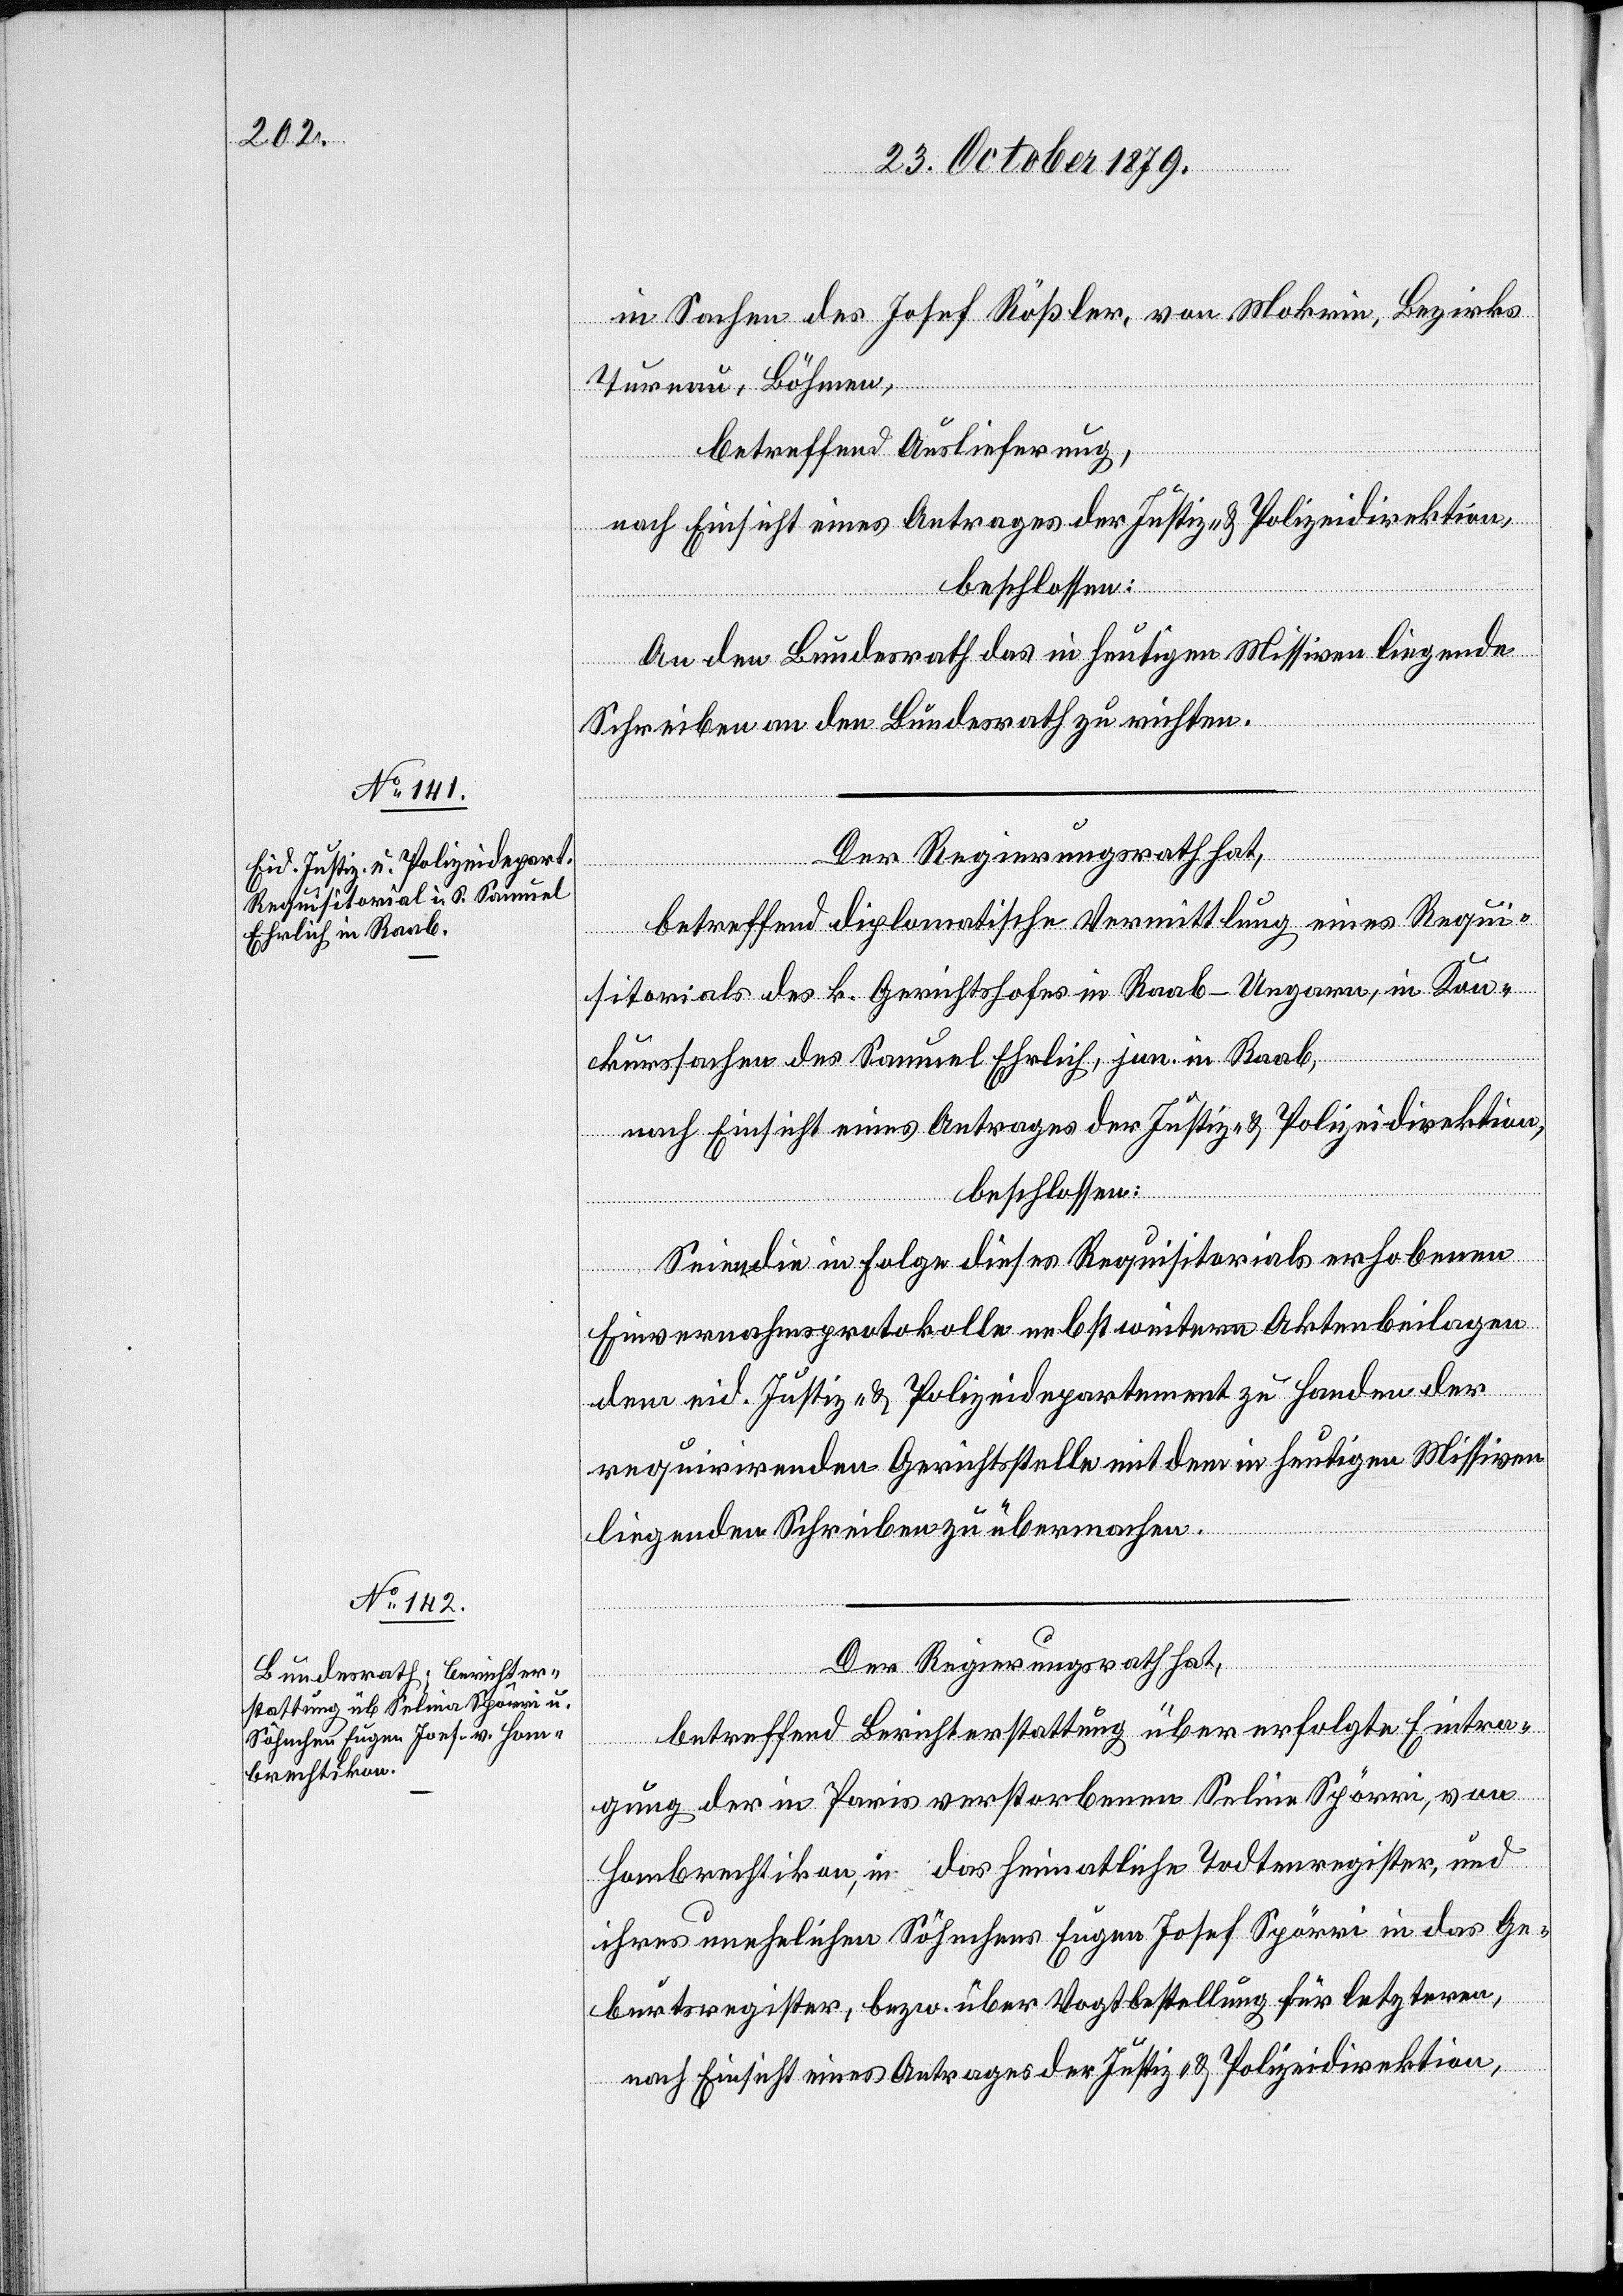
23. October 1879.]
in Sachen des Josef Rößler, von Mokrin Bezirks
Turnau, Böhmen,
betreffend Auslieferung,
nach Einsicht eines Antrages der Justiz- & Polizeidirektion,
beschlossen:
An den Bundesrath das in heutigen Missiven liegende
Schreiben an den Bundesrath [sic!] zu richten.
Der Regierungsrath hat,
betreffend diplomatische Vermittlung eines Requi¬
sitorials des k. Gerichtshofes in Raab - Ungarn, in Kon¬
kurssachen des Samuel Ehrlich, jun. in Raab,
nach Einsicht eines Antrages der Justiz- & Polizeidirektion,
beschlossen:
Seien die in Folge dieses Requisitorials erhobenen
Einvernahmsprotokolle nebst weiteren Aktenbeilagen
dem eid. Justiz- & Polizeidepartement zu Handen der
requirirenden Gerichtsstelle mit dem in heutigen Missiven
liegenden Schreiben zu übernehmen.
Der Regierungsrath hat,
betreffend Berichterstattung über erfolgte Eintra¬
gung der in Paris verstorbenen Selina Spörri, von
Hombrechtikon, in das heimathliche Todtenregister, und
ihres unehelichen Söhnchens Eugen Josef Spörri in das Ge¬
burtsregister, bezw. über Vogtbestellung für letzteren,
nach Einsicht eines Antrages der Justiz- & Polizeidirektion,